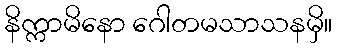
နိက္ကာမိနော ဂေါတမသာသနမှိ။